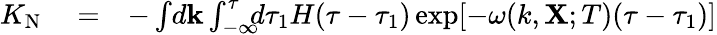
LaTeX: \begin{array}{rlr}{K_{\textrm{N}}}&{{}=}&{-\int\! d{\textbf{k}}\int_{-\infty}^{\tau}\! \! \! d\tau_{1}H(\tau-\tau_{1})\exp[-\omega(k,{\textbf{X}};T)(\tau-\tau_{1})]}\end{array}